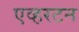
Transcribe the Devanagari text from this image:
एव्हरटन